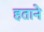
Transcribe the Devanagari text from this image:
हताने